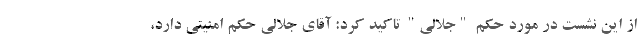
از این نشست در مورد حکم "جلالی" تاکید کرد: آقای جلالی حکم امنیتی دارد،